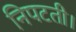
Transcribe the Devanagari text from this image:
निपटती।